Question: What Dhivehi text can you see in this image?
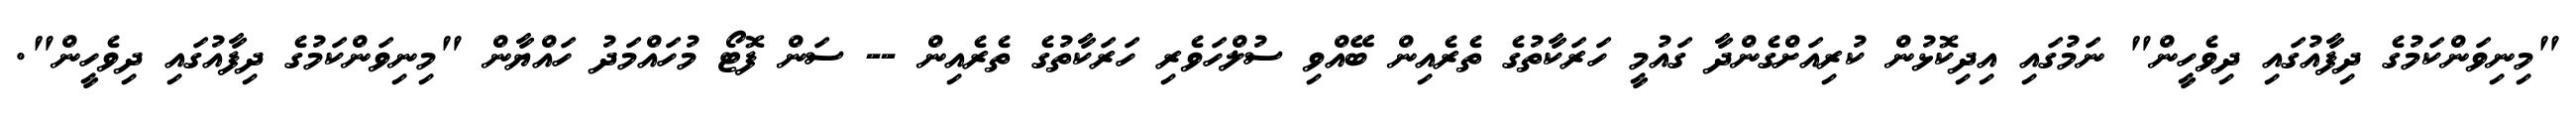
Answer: "މިނިވަންކަމުގެ ދިފާއުގައި ދިވެހީން" ނަމުގައި އިދިކޮޅުން ކުރިއަށްގެންދާ ގައުމީ ހަރަކާތުގެ ތެރެއިން ބޭއްވި ސުލްހަވެރި ހަރަކާތުގެ ތެރެއިން -- ސަން ފޮޓޯ މުހައްމަދު ހައްޔާން "މިނިވަންކަމުގެ ދިފާއުގައި ދިވެހީން".